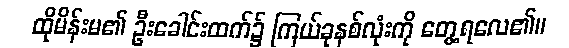
ထိုမိန်းမ၏ ဦးခေါင်းထက်၌ ကြယ်ခုနစ်လုံးကို တွေ့ရလေ၏။